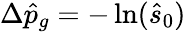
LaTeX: \Delta\hat{p}_{g}=-\ln(\hat{s}_{0})